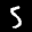
Label: 5